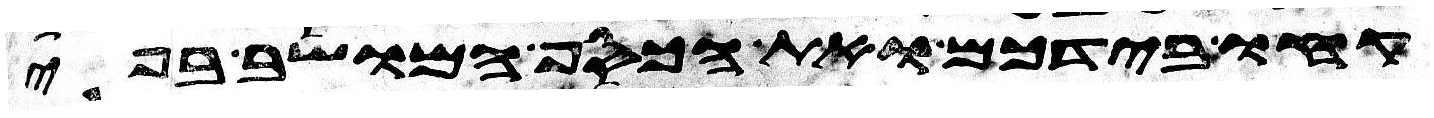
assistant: קחו בידכם ואת הכסף המושב בפי